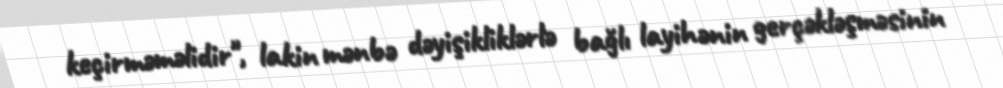
keçirməməlidir", lakin mənbə dəyişikliklərlə bağlı layihənin gerçəkləşməsinin